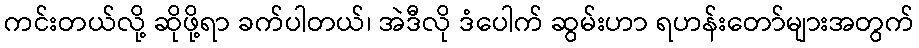
ကင်းတယ်လို့ ဆိုဖို့ရာ ခက်ပါတယ်၊ အဲဒီလို ဒံပေါက် ဆွမ်းဟာ ရဟန်းတော်များအတွက်